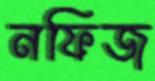
নফিজ